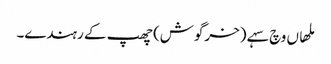
ملھاں وچ سہے (خرگوش) چھپ کے رہندے۔